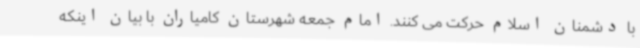
با دشمنان اسلام حرکت می کنند. امام جمعه شهرستان کامیاران با بیان اینکه